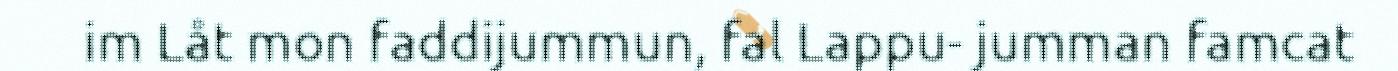
im Låt mon faddijummun, fal Lappu- jumman famcat